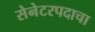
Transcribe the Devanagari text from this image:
सेनेटरपदाचा